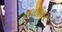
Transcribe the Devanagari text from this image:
सळीवर